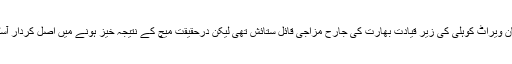
مہندر سنگھ دھونی کی عدم موجودگی میں قائم مقام کپتان ویراٹ کوہلی کی زیر قیادت بھارت کی جارح مزاجی قائل ستائش تھی لیکن درحقیقت میچ کے نتیجہ خیز ہونے میں اصل کردار آسٹریلیا کے کپتان مائیکل کلارک کی جرات مندی کا تھا۔